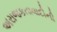
અરાજકતાવાદીની